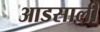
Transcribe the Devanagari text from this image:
आडसाली